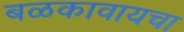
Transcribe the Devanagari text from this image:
बळकावायचा